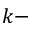
k -